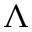
\Lambda